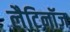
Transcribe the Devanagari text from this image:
लैटिनॉज़